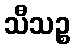
သီသဉ္စ